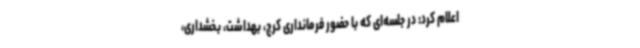
اعلام کرد: در جلسه‌ای که با حضور فرمانداری کرج، بهداشت، بخشداری،